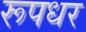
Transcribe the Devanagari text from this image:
रूपधर